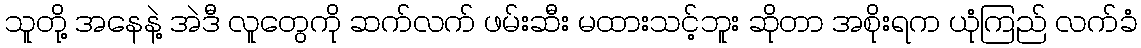
သူတို့ အနေနဲ့ အဲဒီ လူတွေကို ဆက်လက် ဖမ်းဆီး မထားသင့်ဘူး ဆိုတာ အစိုးရက ယုံကြည် လက်ခံ